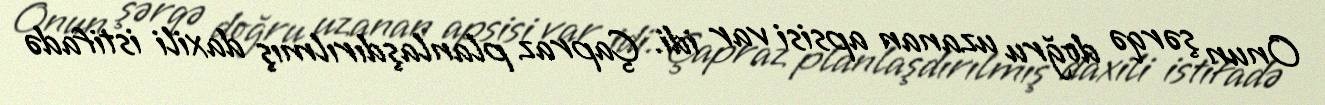
Onun şərqə doğru uzanan apsisi var idi. Çapraz planlaşdırılmış daxili istifadə